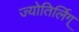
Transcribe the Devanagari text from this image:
ज्योतिर्लिग्